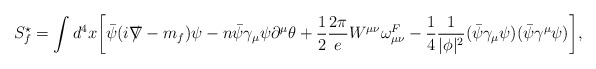
\begin{align*}S_{f}^{\star} = \int d^{4}x \biggl[\bar{\psi} (i {\ooalign{\hfil/\hfil\crcr$\nabla$}} - m_{f} ) \psi - n\bar{\psi} \gamma_{\mu} \psi \partial^{\mu} \theta + \frac{1}{2} \frac{2\pi}{e} W^{\mu \nu} \omega^{F}_{\mu \nu} - \frac{1}{4}\frac{1}{|\phi|^{2}} (\bar{\psi} \gamma_{\mu} \psi )(\bar{\psi} \gamma^{\mu} \psi ) \biggr],\end{align*}